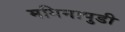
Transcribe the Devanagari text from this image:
मगिनापुडी